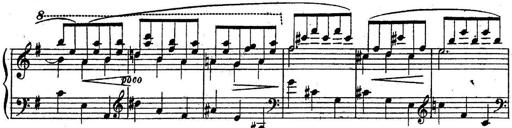
Title: Sonatine
Composer: Adrian Shaposhnikov
Key: E minor